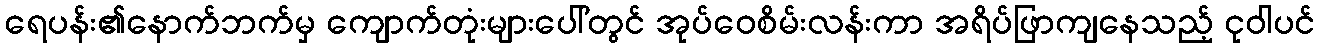
ရေပန်း၏နောက်ဘက်မှ ကျောက်တုံးများပေါ်တွင် အုပ်ဝေစိမ်းလန်းကာ အရိပ်ဖြာကျနေသည့် ငုဝါပင်